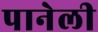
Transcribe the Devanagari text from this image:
पानेली